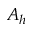
A _ { h }